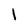
Character: 1